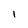
Character: 1